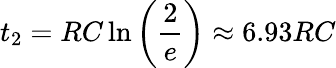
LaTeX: t_{2}=RC\ln\left(\frac{2}{e}\right)\approx 6.93RC